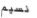
نسيم